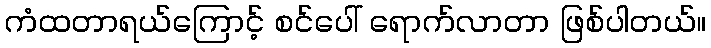
ကံထတာရယ်ကြောင့် စင်ပေါ် ရောက်လာတာ ဖြစ်ပါတယ်။